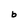
Character: b